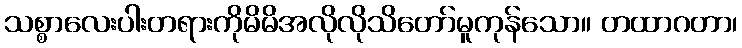
သစ္စာလေးပါးတရားကိုမိမိအလိုလိုသိတော်မူကုန်သော။ တထာဂတာ၊